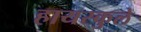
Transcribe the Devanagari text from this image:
हायस्कुले